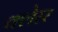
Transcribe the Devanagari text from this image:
क्लेरर